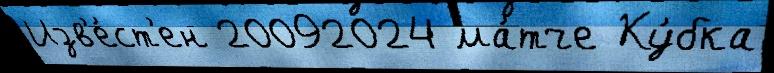
Изв'е́ст'ен 20092024 ма́тче Ку́бка